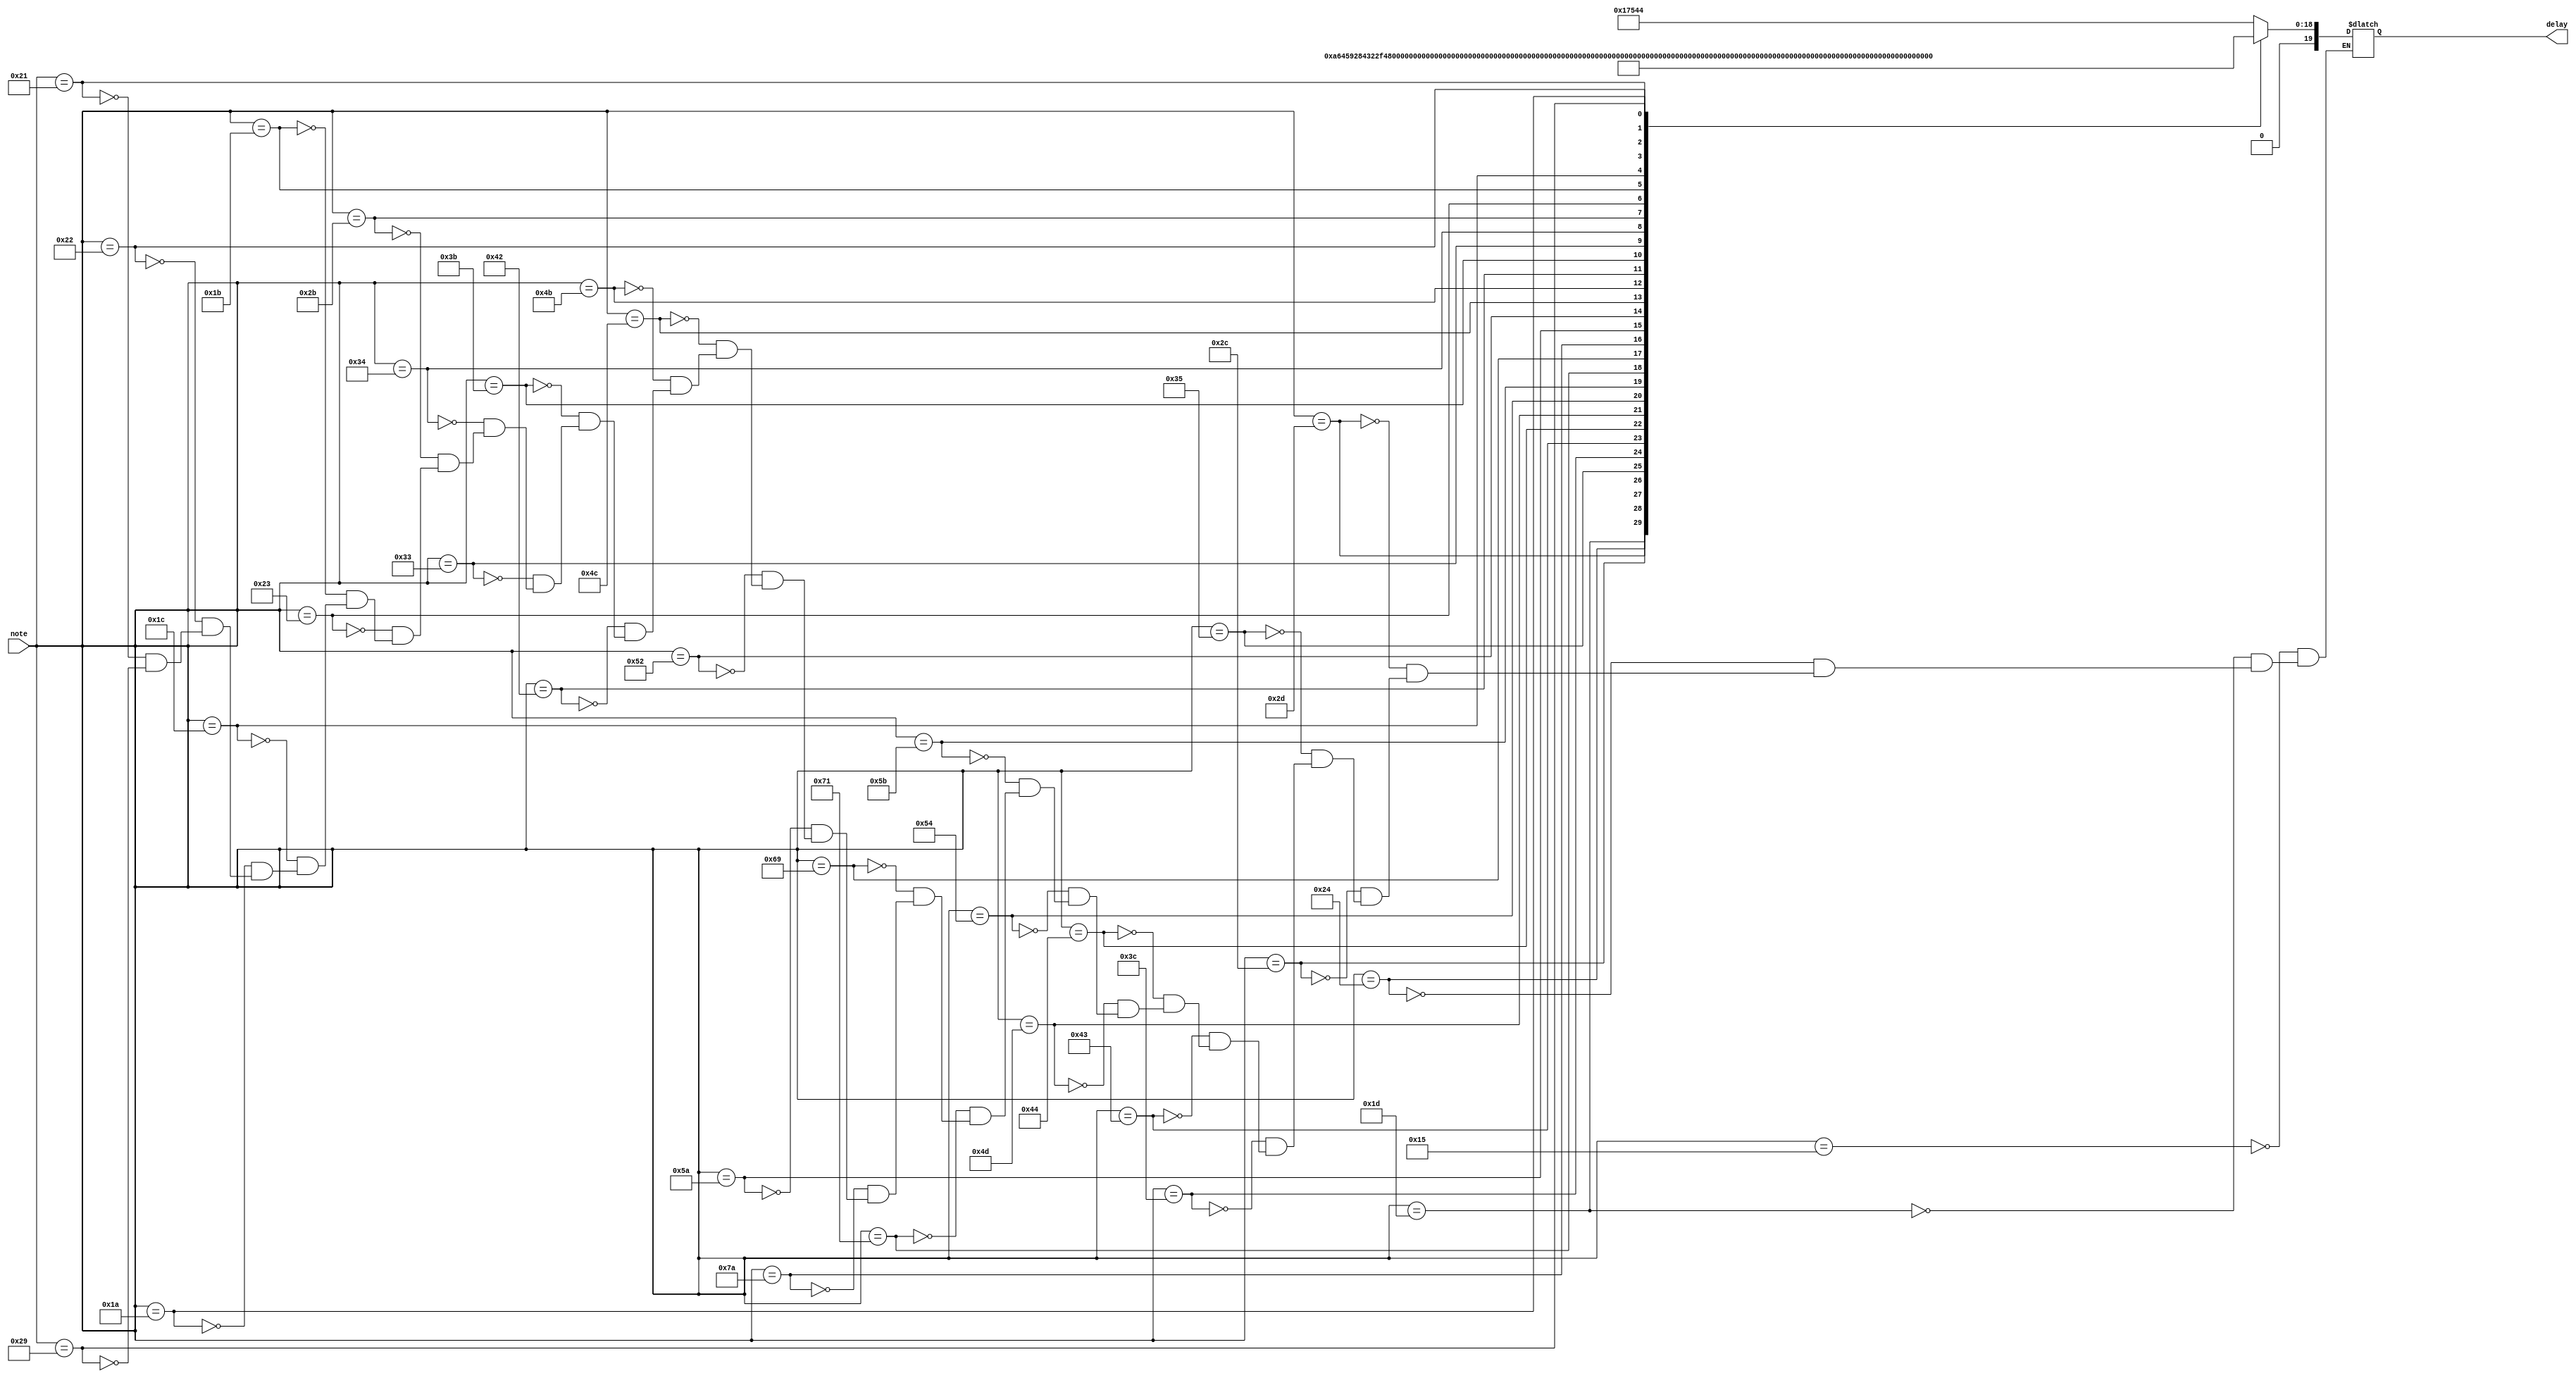
module prepare_frequency(note, delay);
input [7:0] note;

output reg [19:0] delay;
always @ (*) begin 


case (note)

8'h15:  delay=20'd95556;
8'h1D:  delay=20'd85131;
8'h24:  delay=20'd75843;
8'h2D:  delay=20'd71586;
8'h2C:  delay=20'd63775;
8'h35:  delay=20'd56818;
8'h3C:  delay=20'd50319;
8'h43:  delay=20'd47778;
8'h44:  delay=20'd42566;
8'h4D:  delay=20'd37922;
8'h54:  delay=20'd35793;
8'h5B:  delay=20'd31888;
8'h71:  delay=20'd28409;
8'h69:  delay=20'd25310;
8'h7A:  delay=20'd23889;
8'h5A:  delay=20'd107258;

8'h52:  delay=20'd101238;
8'h4C:  delay=20'd113636;
8'h4B:  delay=20'd127551;
8'h42:  delay=20'd143173;
8'h3B:  delay=20'd151686;
8'h33:  delay=20'd170263;
8'h34:  delay=20'd191113;
8'h2B:  delay=20'd202477;
8'h23:  delay=20'd227273;
8'h1B:  delay=20'd255102;
8'h1C:  delay=20'd286345;

8'h1A:  delay=20'd450000;		//z
8'h22:  delay=20'd400000;		//x
8'h21:  delay=20'd350000;		//c
8'h29:  delay=20'd500000; //space

default : delay <= delay;

endcase


end


endmodule